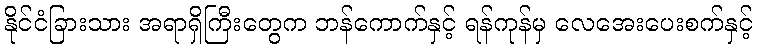
နိုင်ငံခြားသား အရာရှိကြီးတွေက ဘန်ကောက်နှင့် ရန်ကုန်မှ လေအေးပေးစက်နှင့်